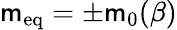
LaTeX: \mathsf{m}_{\mathrm{{{eq}}}}=\pm\mathsf{m}_{0}(\beta)